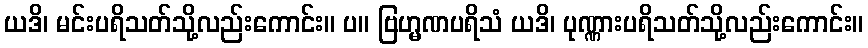
ယဒိ၊ မင်းပရိသတ်သို့လည်းကောင်း။ ပ။ ဗြဟ္မဏပရိသံ ယဒိ၊ ပုဏ္ဏားပရိသတ်သို့လည်းကောင်း။